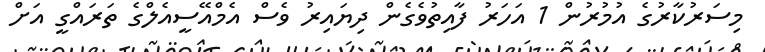
މިސަރުކާރުގެ އުމުރުން 1 އަހަރު ފާއިތުވެގެން ދިޔައިރު ވެސް އެމްއޭސީއެލްގެ ތަރައްގީ އަށް